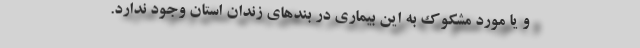
و یا مورد مشکوک به این بیماری در بندهای زندان‌‌ استان وجود ندارد.